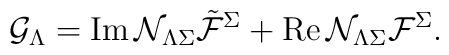
{\cal G}_\Lambda ={\rm Im}\, {\cal N}_{\Lambda\Sigma} {\tilde {\cal F}}^\Sigma +{\rm Re}\, {\cal N}_{\Lambda\Sigma} {\cal F}^\Sigma.